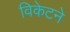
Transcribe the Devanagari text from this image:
विकेटने